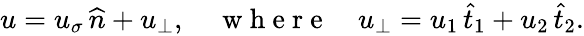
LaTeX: \begin{array}{r}{u=u_{\sigma}\, \widehat{n}+u_{\bot},\quad\mathrm{~w~h~e~r~e~}\quad u_{\bot}=u_{1}\, \widehat{t}_{1}+u_{2}\, \widehat{t}_{2}.}\end{array}